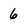
Character: 6